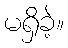
မရှိခဲ့။